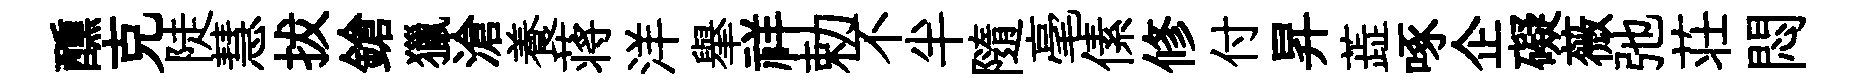
醺克陡慧拔鎗獵滄養蒋洋𦦙祥勅不半隨毫傃修付昇蕋啄企礙薇弛荘悶